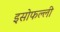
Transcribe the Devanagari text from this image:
इसोफल्ली